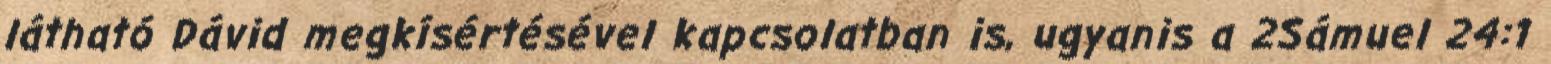
látható Dávid megkísértésével kapcsolatban is, ugyanis a 2Sámuel 24:1